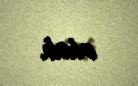
olub.